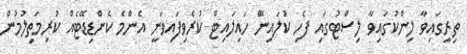
ތިރީގައިވާ ލިންކުގައިވާ ލިސްޓުގައި ފެހި ކުލައިން ހައިލައިޓް ކުރެވިފައިވަނީ އެންމެ ކެންޑިޑޭޓެއް ކުރިމަތިލުމުން